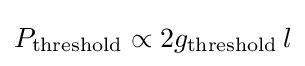
P_{\text{threshold}}\propto 2g_{\text{threshold}}\,l